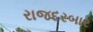
રાજદરબાર